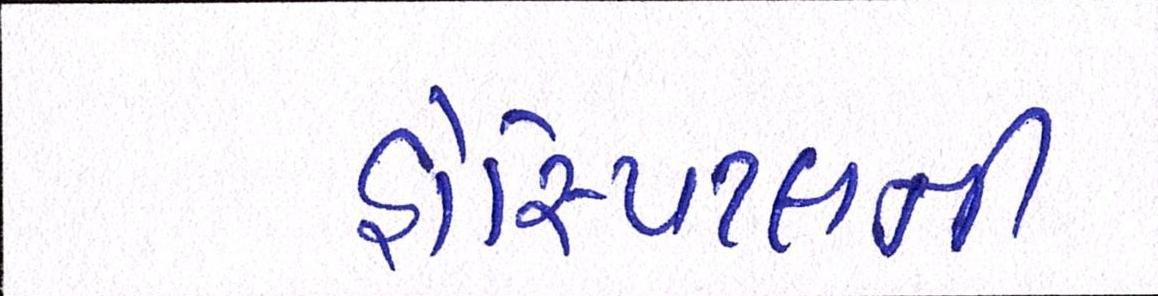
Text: હોસ્પિટલની